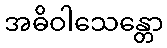
အဓိဝါသေန္တော